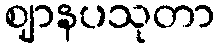
ဈာနပသုတာ